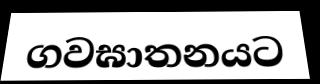
ගවඝාතනයට